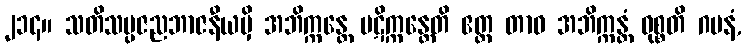
၂၁၄။ သတိသမ္ပဇညဘာဇနီယမှိ အဘိက္ကန္တေ ပဋိက္ကန္တေတိ ဧတ္ထ တာဝ အဘိက္ကန္တံ ဝုစ္စတိ ဂမနံ,